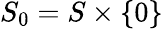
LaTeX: S_{0}=S\times\{ 0\}